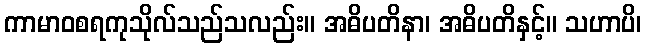
ကာမာဝစရကုသိုလ်သည်သလည်း။ အဓိပတိနာ၊ အဓိပတိနှင့်။ သဟာပိ၊